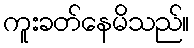
ကူးခတ်နေမိသည်။